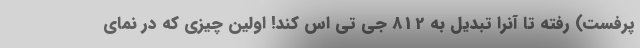
پرفست) رفته تا آنرا تبدیل به 812 جی تی اس کند! اولین چیزی که در نمای